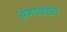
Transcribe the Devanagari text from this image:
अंगाबद्दल